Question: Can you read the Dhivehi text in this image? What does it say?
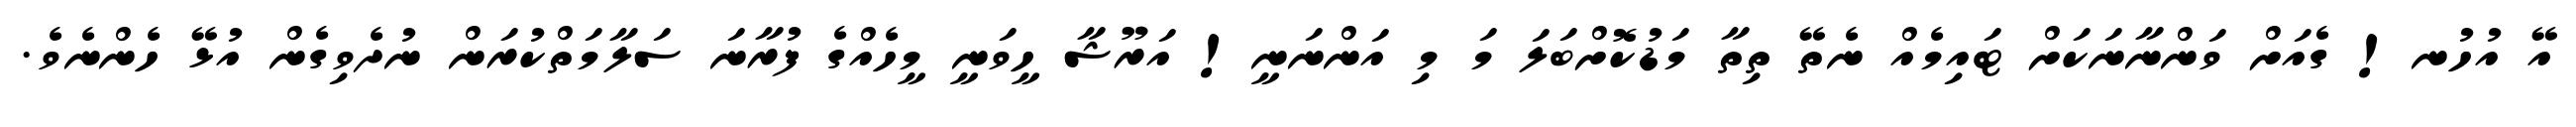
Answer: އޭ އުހުނ! ގެއަށް ވަންނާނަކަށް ޓައިމެއް ނެތޭ ތިތާ މަޑުކޮށްބަލަ މަ މި އަންނަނީ! އަރޫޝާ ހީވަނީ މީހެއްގެ ފުރާނަ ސަލާމަތްކުރަން ނުދެވިގެން އުޅޭ ހެންނެވެ.